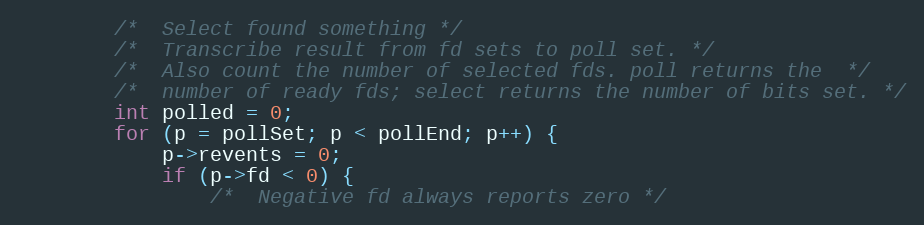
Language: C
        /*  Select found something */
        /*  Transcribe result from fd sets to poll set. */
        /*  Also count the number of selected fds. poll returns the  */
        /*  number of ready fds; select returns the number of bits set. */
        int polled = 0;
        for (p = pollSet; p < pollEnd; p++) {
            p->revents = 0;
            if (p->fd < 0) {
                /*  Negative fd always reports zero */